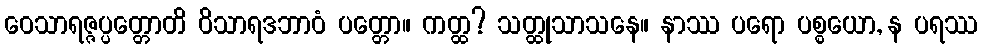
ဝေသာရဇ္ဇပ္ပတ္တောတိ ဝိသာရဒဘာဝံ ပတ္တော။ ကတ္ထ? သတ္ထုသာသနေ။ နာဿ ပရော ပစ္စယော, န ပရဿ